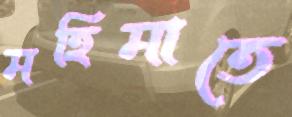
মহিমাতে